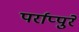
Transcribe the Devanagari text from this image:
पर्राप्पुरे